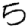
Digit: 5